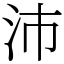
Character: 沛